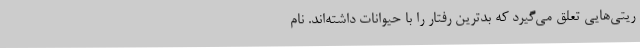
ریتی‌هایی تعلق می‌گیرد که بدترین رفتار را با حیوانات داشته‌اند. نام